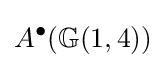
A^{\bullet }(\mathbb {G} (1,4))